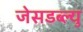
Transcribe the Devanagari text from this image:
जेसडब्ल्यु